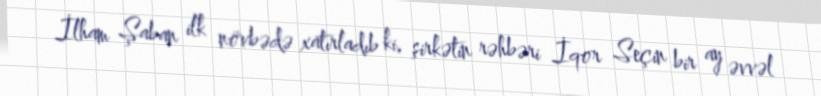
İlham Şaban ilk növbədə xatırladıb ki, şirkətin rəhbəri İqor Seçin bir ay əvvəl